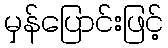
မှန်ပြောင်းဖြင့်